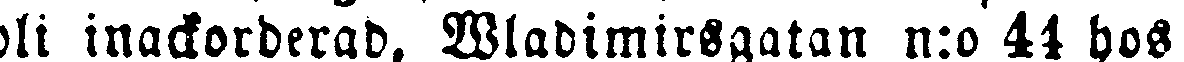
bli inackorderad, Wladimirsgatan n:o 44 hos